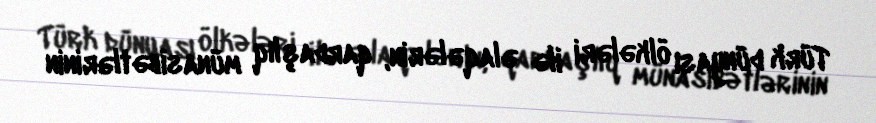
Türk dünyası ölkələri ilə əlaqələrin, qardaşlıq münasibətlərinin